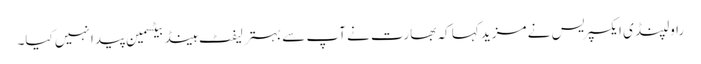
راولپنڈی ایکسپریس نے مزید کہا کہ بھارت نے آپ سے بہتر لیفٹ ہینڈ بیٹسمین پیدا نہیں کیا۔